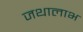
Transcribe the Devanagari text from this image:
जथालाभ